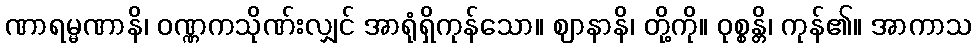
ဏာရမ္မဏာနိ၊ ဝဏ္ဏကသိုဏ်းလျှင် အာရုံရှိကုန်သော။ ဈာနာနိ၊ တို့ကို။ ဝုစ္စန္တိ၊ ကုန်၏။ အာကာသ